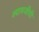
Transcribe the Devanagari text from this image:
श्यामजींची